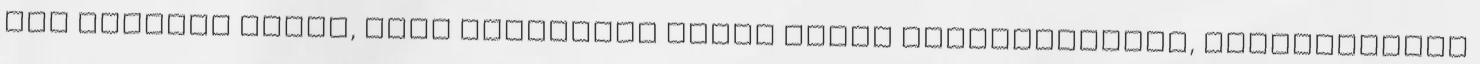
egy szerény oldal, ahol megosztom veled saját benyomásaimat, véleményemet